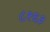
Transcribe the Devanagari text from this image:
८१६३